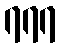
၇၇၇